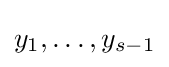
y_{1},\ldots ,y_{s-1}